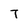
Character: T